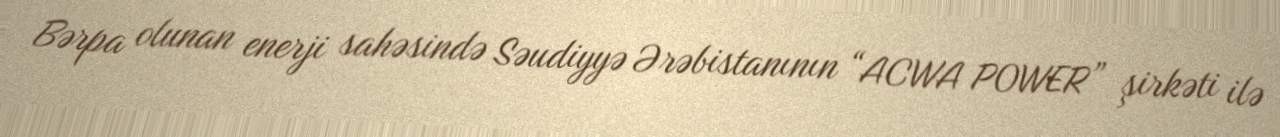
Bərpa olunan enerji sahəsində Səudiyyə Ərəbistanının “ACWA POWER” şirkəti ilə